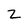
Character: z